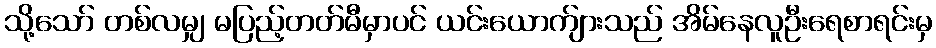
သို့သော် တစ်လမျှ မပြည့်တတ်မီမှာပင် ယင်းယောက်ျားသည် အိမ်နေလူဦးရေစာရင်းမှ